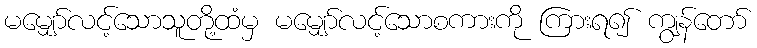
မမျှော်လင့်သောသူတို့ထံမှ မမျှော်လင့်သောစကားကို ကြားရ၍ ကျွန်တော်